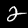
Digit: 2